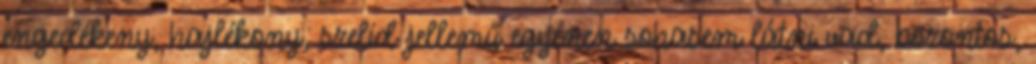
engedékeny, hajlékony, szelíd jellemű egyénen sohasem látni vad, bozontos,